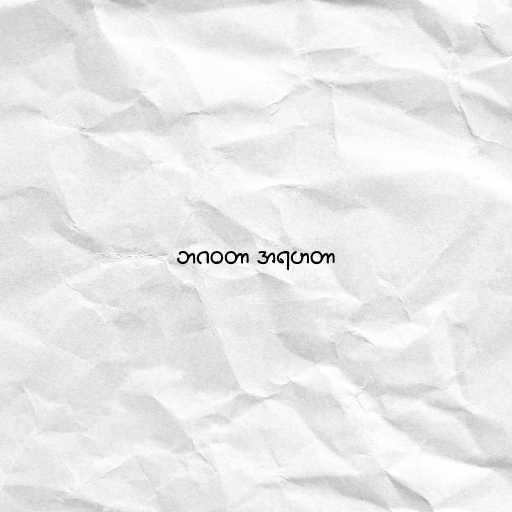
ဘဂဝတာ အရဟတာ